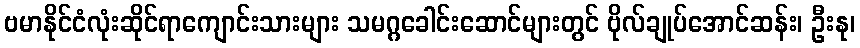
ဗမာနိုင်ငံလုံးဆိုင်ရာကျောင်းသားများ သမဂ္ဂခေါင်းဆောင်များတွင် ဗိုလ်ချုပ်အောင်ဆန်း၊ ဦးနု၊